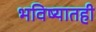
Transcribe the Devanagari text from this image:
भविष्यातही